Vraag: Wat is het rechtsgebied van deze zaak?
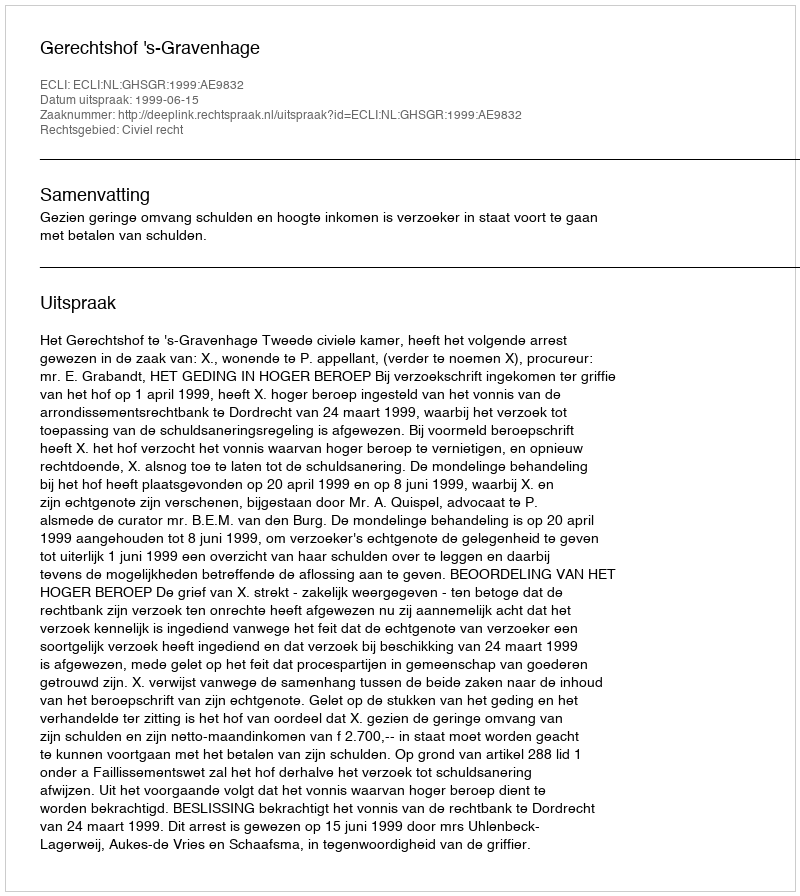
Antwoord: Civiel recht